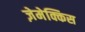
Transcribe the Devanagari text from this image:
ज़ेमेक्किस